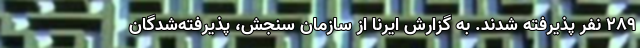
۲۸۹ نفر پذیرفته شدند. به گزارش ایرنا از سازمان سنجش، پذیرفته‌شدگان